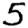
Digit: 5